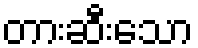
တားဆီးသော